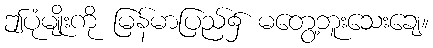
ဤပုံမျိုးကို မြန်မာပြည်၌ မတွေ့ဘူးသေးချေ။